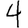
Digit: 4